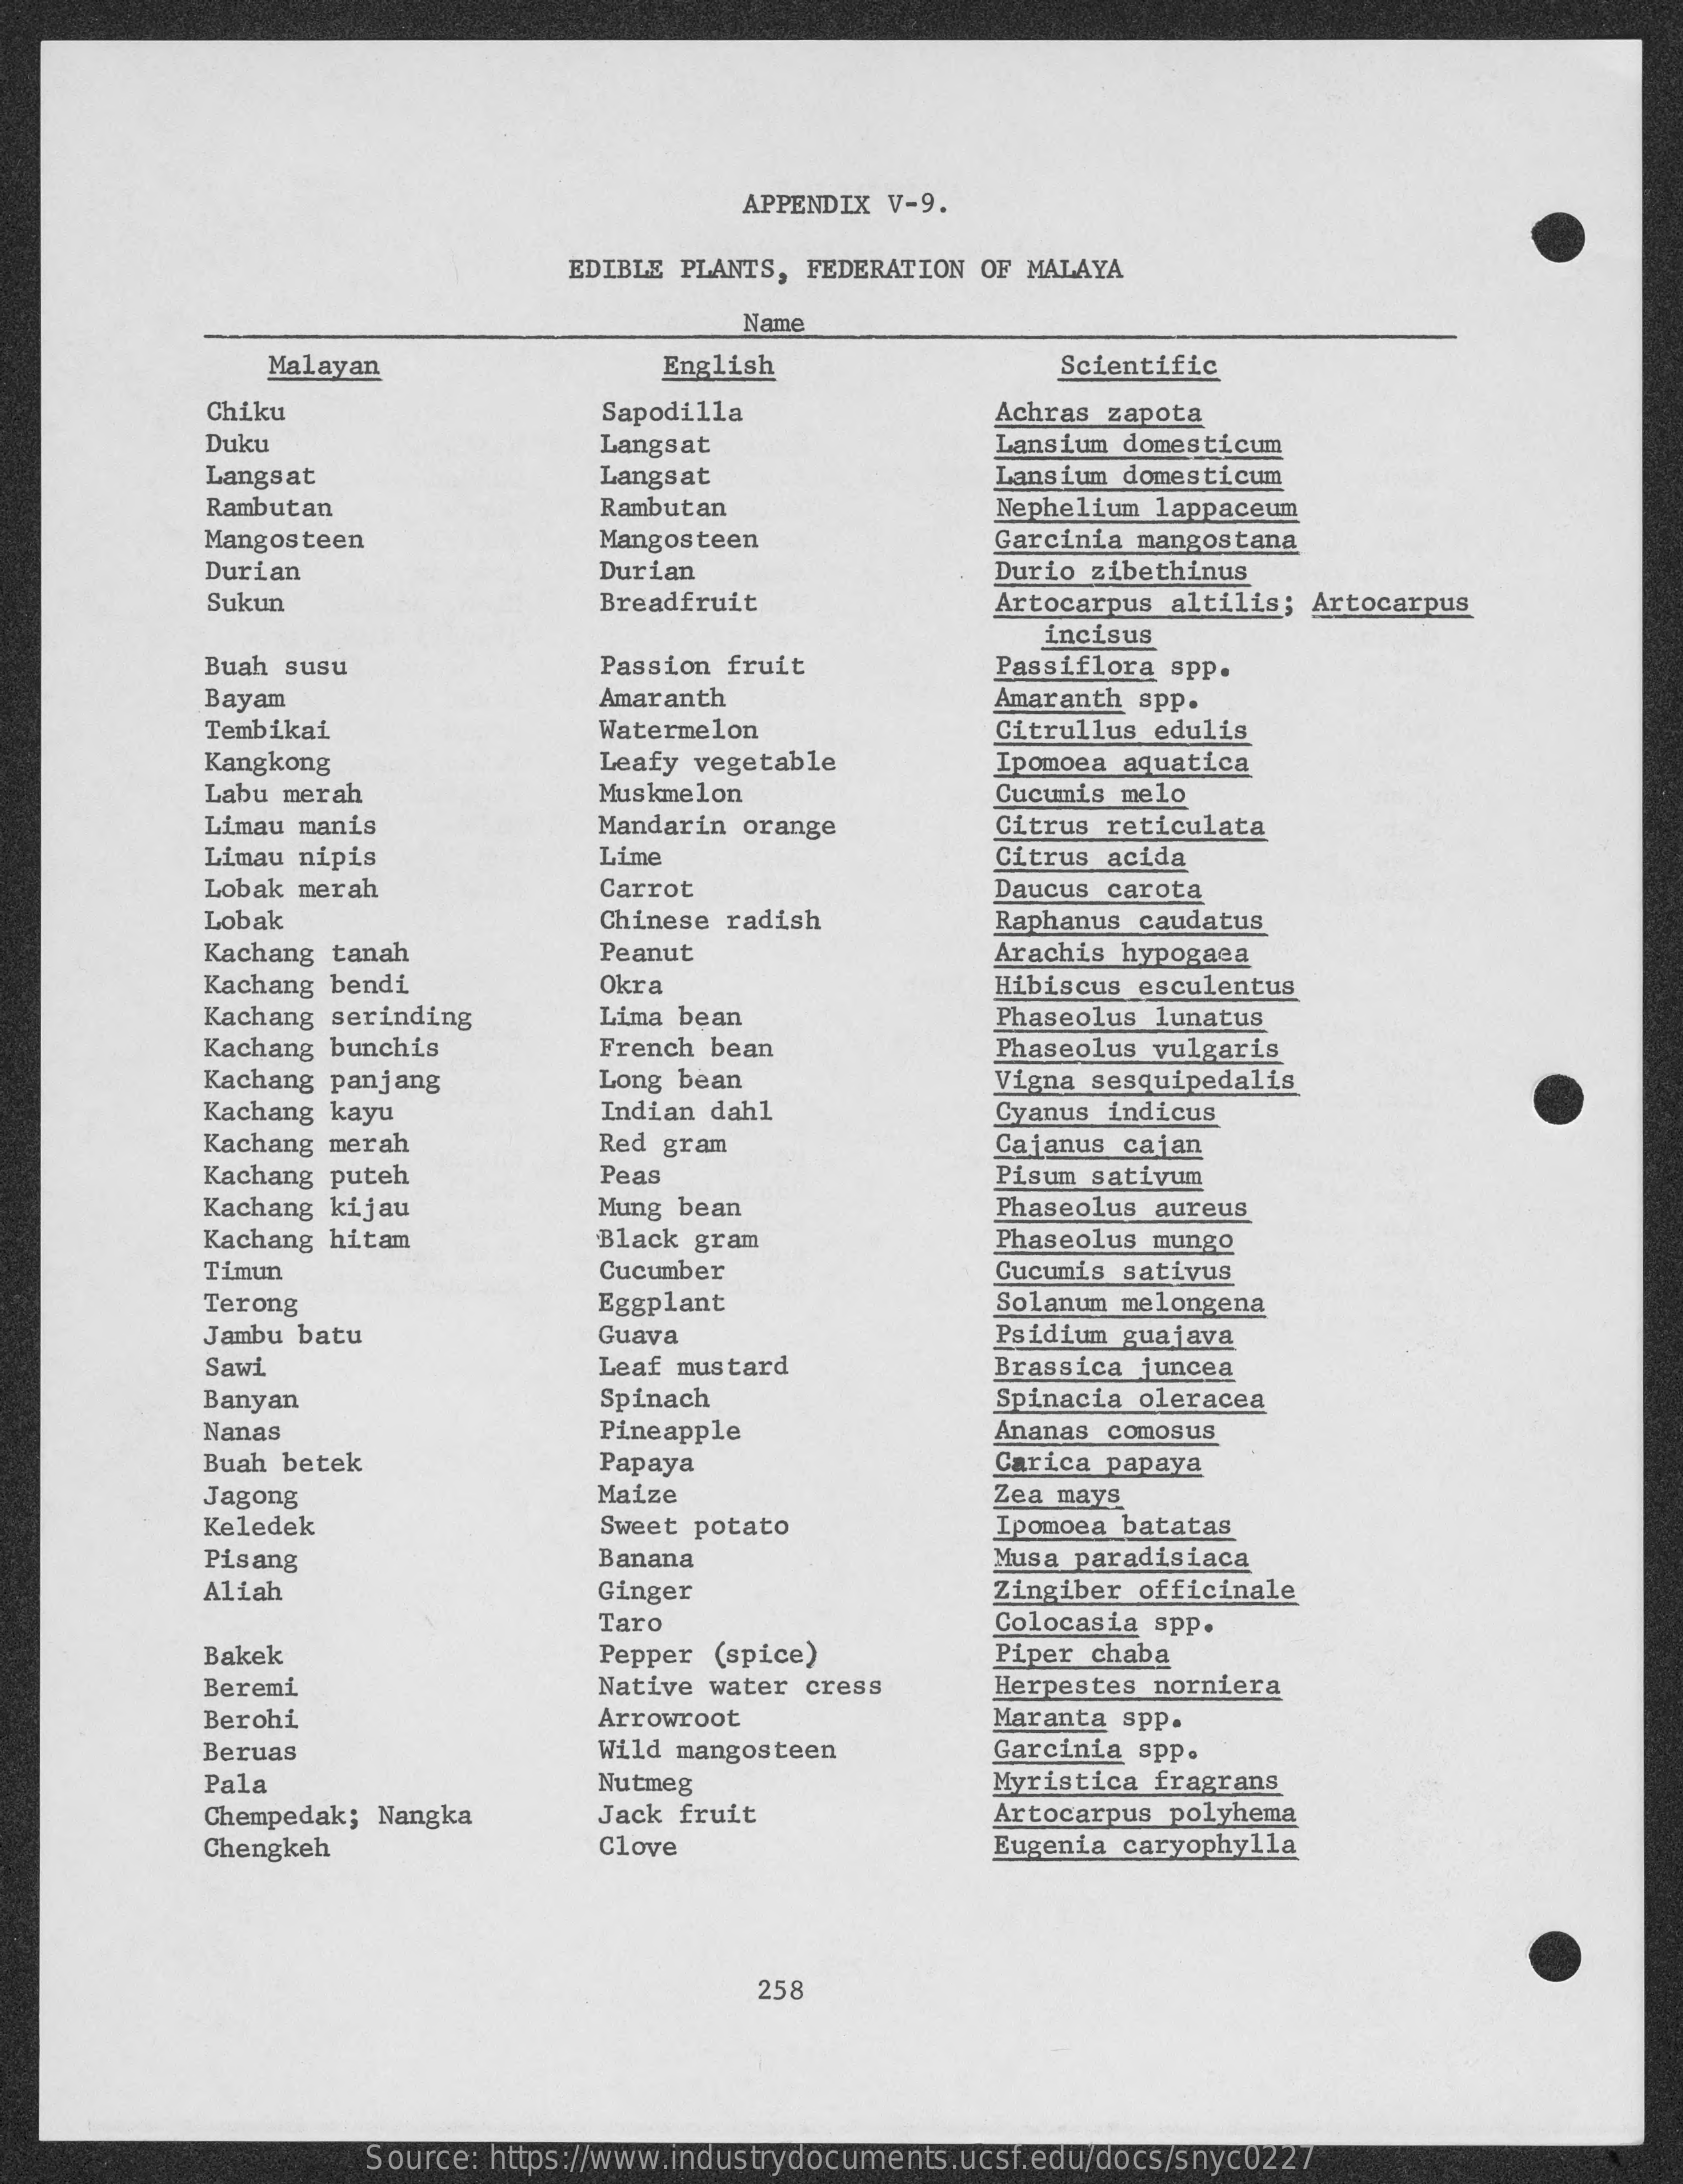
APPENDIX V-9.
     EDIBLE PLANTS, FEDERATION OF MALAYA
     Name
     Malayan    English    Scientific
     Chiku    Sapodilla    Achras zapota
     Duku    Langsat    Lansium domesticum
     Langsat    Langsat    Lansium domesticum
     Rambutan    Rambutan    Nephelium lappaceum
     Mangosteen    Mangosteen    Garcinia mangostana
     Durian    Durian    Durio zibethinus
     Sukun    Breadfruit    Artocarpus altilis; Artocarpus
     incisus
     Buah susu    Passion fruit    Passiflora spp.
     Bayam    Amaranth    Amaranth spp.
     Tembikai    Watermelon    Citrullus edulis
     Kangkong    Leafy vegetable    Ipomoea aquatica
     Labu merah    Muskmelon    Cucumis melo
     Limau manis    Mandarin orange    Citrus reticulata
     Limau nipis    Lime    Citrus acida
     Lobak merah    Carrot    Daucus carota
     Lobak    Chinese radish    Raphanus caudatus
     Kachang tanah    Peanut    Arachis hypogaea
     Kachang bendi    Okra    Hibiscus esculentus
     Kachang serinding    Lima bean
     Kachang bunchis    French bean
     Phaseolus lunatus
     Kachang panjang
     Phaseolus vulgaris
     Long bean
     Kachang kayu
     Vigna sesquipedalis
     Indian dahl    Cyanus indicus
     Kachang merah    Red gram
     Kachang puteh
     Cajanus cajan
     Peas    Pisum sativum
     Kachang kijau    Mung bean    Phaseolus aureus
     Kachang hitam    Black gram    Phaseolus mungo
     Timun    Cucumber    Cucumis sativus
     Terong    Eggplant    Solanum melongena
     Jambu batu    Guava    Psídium guajava
     Sawi    Leaf mustard    Brassica juncea
     Banyan    Spinach    Spinacia oleracea
     Nanas    Pineapple    Ananas comosus
     Buah betek    Papaya    Carica papaya
     Jagong    Maize    Zea mays
     Keledek    Sweet potato    Ipomoea batatas
     Pisang    Banana    Musa paradisiaca
     Aliah    Ginger    Zingiber officinale
     Taro    Colocasia spp.
     Bakek    Pepper (spice)    Piper chaba
     Beremi    Native water cress    Herpestes norniera
     Berohi    Arrowroot    Maranta spp.
     Beruas    Wild mangosteen    Garcinia spp.
     Pala    Nutmeg    Myristica fragrans
     Chempedak; Nangka    Jack fruit    Artocarpus polyhema
     Chengkeh    Clove    Eugenia caryophylla
     258
     Source: https://www.industrydocuments.ucsf.edu/docs/snyc0227